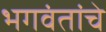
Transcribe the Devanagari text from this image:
भगवंतांचे